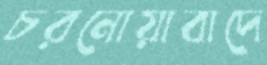
চরনোয়াবাদে